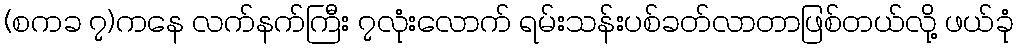
(စကခ ၇)ကနေ လက်နက်ကြီး ၇လုံးလောက် ရမ်းသန်းပစ်ခတ်လာတာဖြစ်တယ်လို့ ဖယ်ခုံ